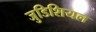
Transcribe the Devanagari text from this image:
जुडिशियल